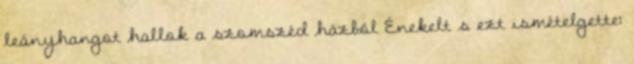
leányhangot hallok a szomszéd házból Énekelt s ezt ismételgette: